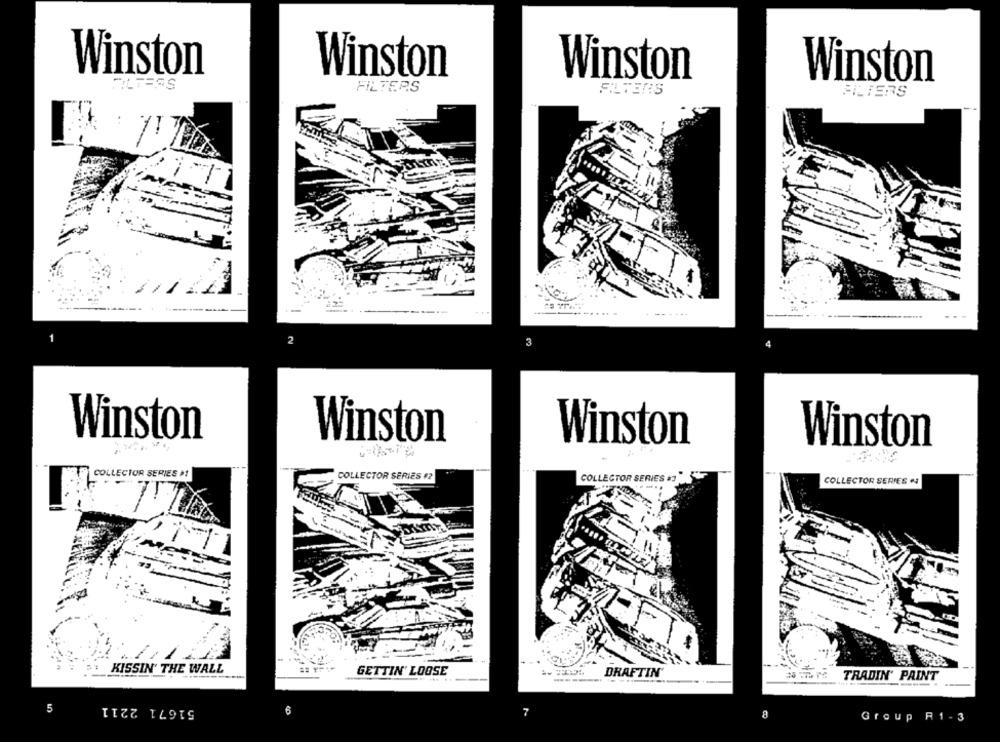
Winston
Winston
Winston
Winston
FILTERS
FILTERS
FILTERS
FILTERS
4
Winston
Winston
Winston
Winston
COLLECTOR SERIES »
COLLECTOR SERIES #2
COLLECTOR SERIES #3
COLLECTOR SERIES
KISSIN' THE WALL
GETTIN' LOOSE
DRAFTIN'
TRADIN' PAINT
-------.
51671 2211
5
6
8
Group R1 - 3